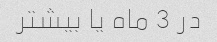
در 3 ماه یا بیشتر